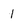
Character: I